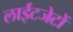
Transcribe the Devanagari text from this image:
लाईटजेटों